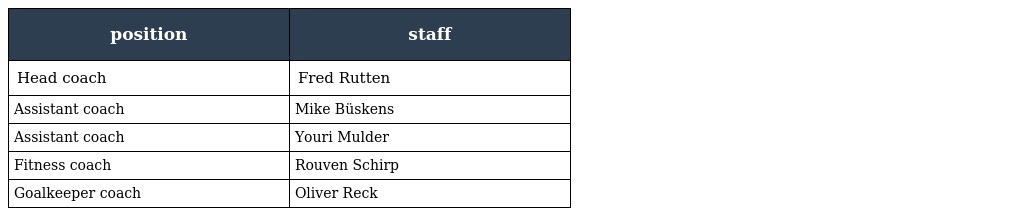
| position | staff |
 | --- | --- |
 | Head coach | Fred Rutten |
 | Assistant coach | Mike Büskens |
 | Assistant coach | Youri Mulder |
 | Fitness coach | Rouven Schirp |
 | Goalkeeper coach | Oliver Reck |